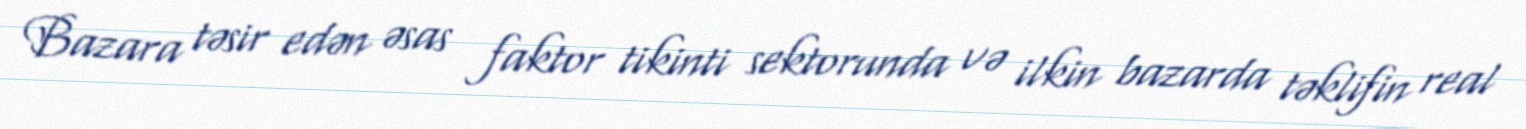
Bazara təsir edən əsas faktor tikinti sektorunda və ilkin bazarda təklifin real